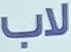
لاب